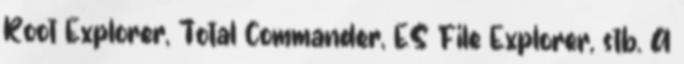
Root Explorer, Total Commander, ES File Explorer, stb. A